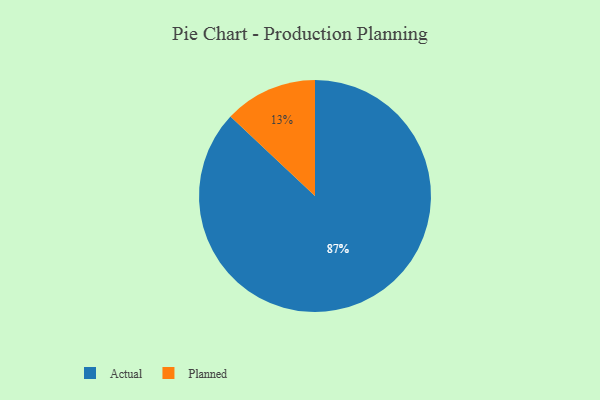
{"axis": {"x": "Category", "y": "Percentage"}, "legend": ["Actual", "Planned"], "data": [{"x": "Planned", "y": 13, "type": "Planned"}, {"x": "Actual", "y": 87, "type": "Actual"}]}